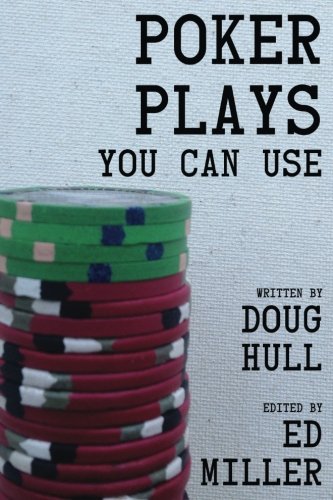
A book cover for Poker Plays You Can Use; Doug Hull; Humor & Entertainment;